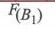
\(F(B_1)\)